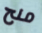
منح